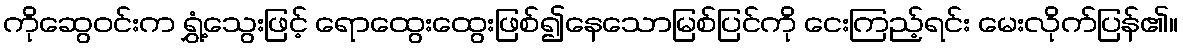
ကိုဆွေဝင်းက ရွှံ့သွေးဖြင့် ရောထွေးထွေးဖြစ်၍နေသောမြစ်ပြင်ကို ငေးကြည့်ရင်း မေးလိုက်ပြန်၏။